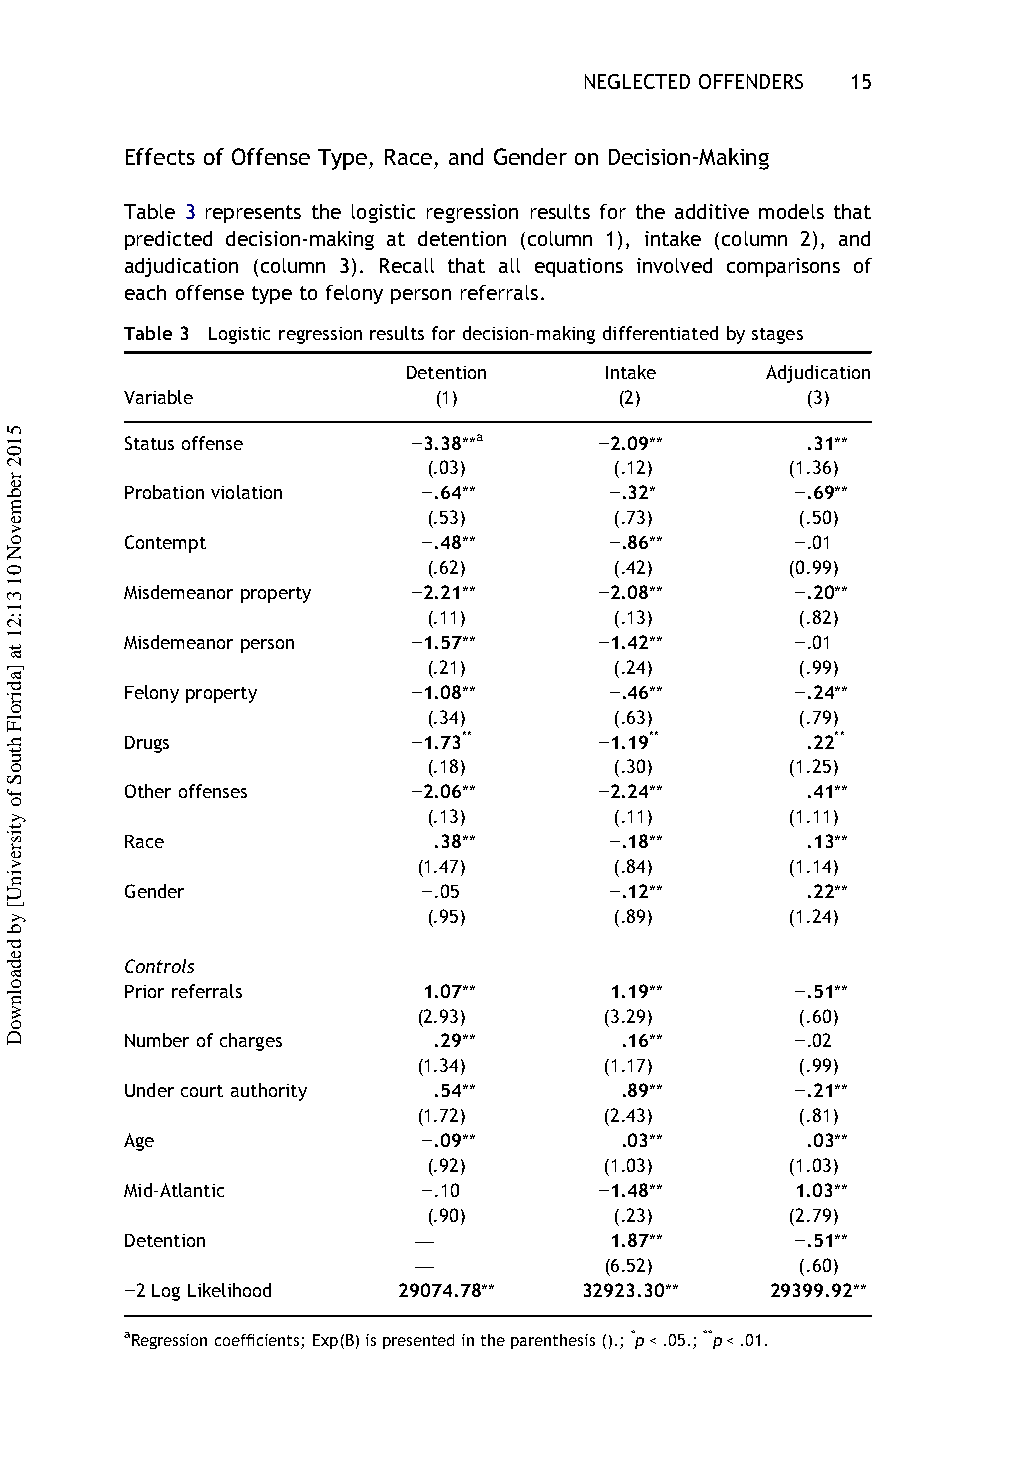
NEGLECTED OFFENDERS 15
 Effects of Offense Type, Race, and Gender on Decision-Making
 Table 3 represents the logistic regression results for the additive models that
 predicted decision-making at detention (column 1), intake (column 2), and
 adjudication (column 3). Recall that all equations involved comparisons of
 each offense type to felony person referrals.
 Table 3 Logistic regression results fordecision-making differentiated by stages
 Detention    Intake     Adjudication
 Variable             (1)         (2)         (3)
 Status offense     −3.38**a     −2.09**      .31**
 (.03)        (.12)      (1.36)
 Probation violation −.64**      −.32*        −.69**
 (.53)        (.73)       (.50)
 Contempt            −.48**      −.86**       −.01
 (.62)        (.42)      (0.99)
 Misdemeanor property −2.21**    −2.08**      −.20**
 (.11)        (.13)       (.82)
 Misdemeanor person −1.57**      −1.42**      −.01
 (.21)        (.24)       (.99)
 Felony property    −1.08**      −.46**       −.24**
 (.34)        (.63)       (.79)
 Drugs              −1.73**      −1.19**      .22**
 (.18)        (.30)      (1.25)
 Other offenses     −2.06**      −2.24**      .41**
 (.13)        (.11)      (1.11)
 Race                 .38**      −.18**       .13**
 (1.47)       (.84)      (1.14)
 Gender              −.05        −.12**       .22**
 (.95)        (.89)      (1.24)
 Controls
 Prior referrals     1.07**      1.19**       −.51**
 (2.93)      (3.29)       (.60)
 Number ofcharges     .29**       .16**       −.02
 (1.34)      (1.17)       (.99)
 Undercourt authority .54**       .89**       −.21**
 (1.72)      (2.43)       (.81)
 Age                 −.09**       .03**       .03**
 (.92)       (1.03)      (1.03)
 Mid-Atlantic        −.10        −1.48**      1.03**
 (.90)        (.23)      (2.79)
 Detention          —            1.87**       −.51**
 —            (6.52)       (.60)
 −2 LogLikelihood  29074.78**   32923.30**  29399.92**
 aRegressioncoefficients;Exp(B)ispresentedintheparenthesis().;*p<.05.;**p<.01.
 5102
 rebmevoN
 01
 31:21
 ta
 ]adirolF
 htuoS
 fo
 ytisrevinU[
 yb
 dedaolnwoD